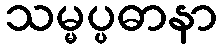
သမ္မပ္ပဓာနာ